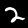
Digit: 2